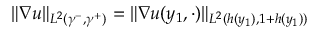
\| \nabla u \| _ { L ^ { 2 } ( \gamma ^ { - } , \gamma ^ { + } ) } = \| \nabla u ( y _ { 1 } , \cdot ) \| _ { L ^ { 2 } ( h ( y _ { 1 } ) , 1 + h ( y _ { 1 } ) ) }